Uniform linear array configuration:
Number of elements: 8
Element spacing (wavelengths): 0.75
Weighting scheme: hamming
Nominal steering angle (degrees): -30
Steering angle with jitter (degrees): -31.282
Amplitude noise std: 0.05
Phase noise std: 0.05

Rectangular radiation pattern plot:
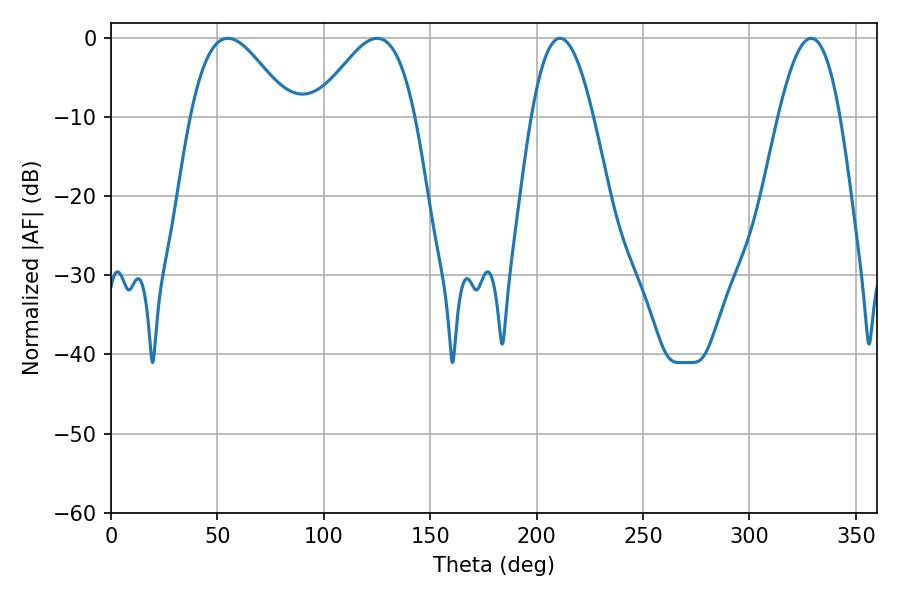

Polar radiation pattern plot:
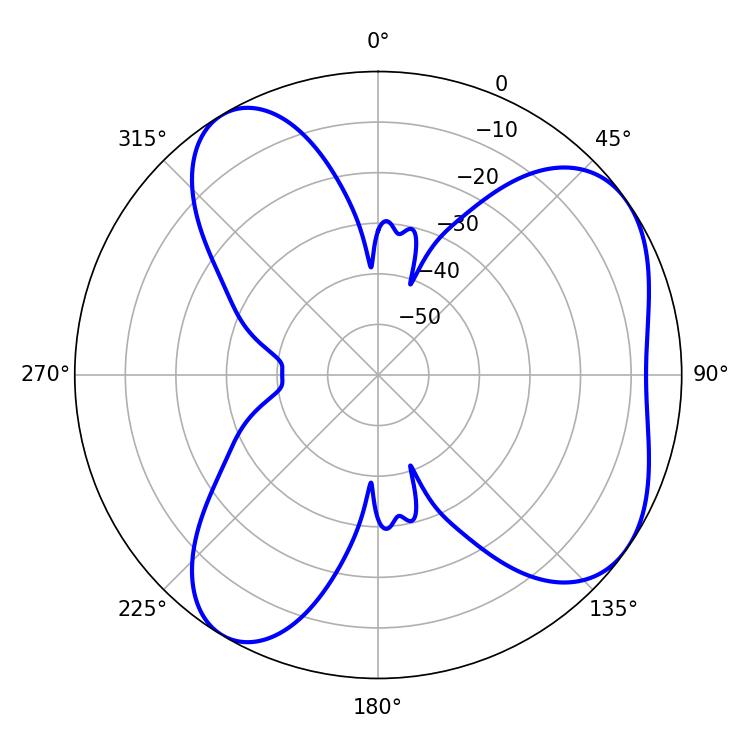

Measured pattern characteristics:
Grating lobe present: TRUE
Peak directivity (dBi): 5.813
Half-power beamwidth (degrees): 25.2
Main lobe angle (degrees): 54.9